Rangoon Lunatic Asylum 1878-1892 - 1878-1892
Year: 1878
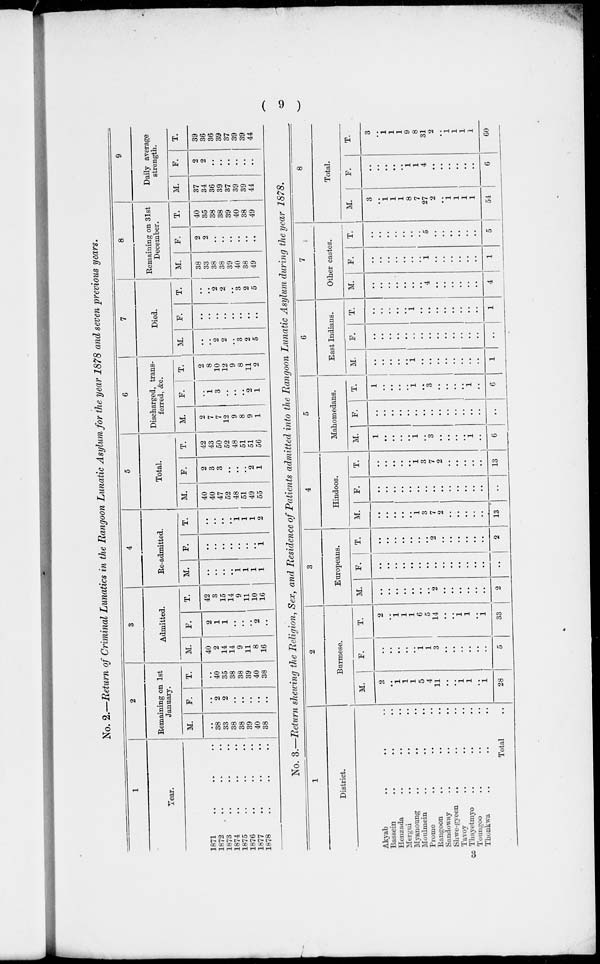
( 9 )
No. 2.—Return of Criminal Lunatics in the Rangoon Lunatic Asylum for the year 1878 and seven previous years.
1
Year.
1871 ......
1872 ......
1873 ......
1874
..
..
..
1875
..
..
..
1876 ......
1877 ......
1878 ......
2
Remaining on 1st
January.
M.
..
38
33
38
38
39
40
38
F.
..
2
2
..
..
..
..
..
T.
..
40
35
38
38
39
40
38
3
Admitted.
M.
40
2
14
14
9
11
8
16
F.
2
1
1
..
..
..
2
..
T.
42
3
15
14
9
11
10
16
4
Re-admitted.
M.
..
..
..
..
1
1
1
1
F.
..
..
..
..
..
..
..
1
T.
..
..
..
..
1
1
1
2
5
Total.
M.
40
40
47
52
48
51
49
55
F.
2
3
3
..
..
..
2
1
T.
42
43
50
52
48
51
51
56
6
Discharged, trans-
ferred, &c.
M.
2
7
7
12
9
8
9
1
F.
..
1
3
..
..
..
2
1
T.
2
8
10
12
9
8
11
2
7
Died.
M.
..
..
2
2
..
3
2
5
F.
..
..
..
..
..
..
..
..
T.
..
..
2
2
..
3
2
5
8
Remaining on 31st
December.
M.
38
33
38
38
39
40
38
49
F.
2
2
..
..
..
..
..
..
T.
40
35
38
38
39
40
38
49
9
Daily average
strength.
M.
37
34
36
39
37
39
39
44
F.
2
2
..
..
..
..
..
..
T.
39
36
36
39
37
39
39
44
No. 3.—Return showing the Religion, Sex, and Residence of Patients admitted into the Rangoon Lunatic Asylum during the year 1878.
1
District.
Akyab ......
Bassein ......
Henzada ......
Mergui ......
Myanoung ......
Moulmein
..
..
..
Prome ......
Rangoon
......
Sandoway ......
Shwe-gyeen ......
Tavoy ......
Thayetmyo ......
Toungoo
......
Thonkwa ......
Total ..
2
Burmese.
M.
2
..
1
1
1
5
4
11
..
..
1
1
..
1
28
F.
..
..
..
..
..
1
1
3
..
..
..
..
..
..
5
T.
2
..
1
1
1
6
5
14
..
..
1
1
..
1
33
3
Europeans.
M.
..
..
..
..
..
..
..
2
..
..
..
..
..
..
2
F.
..
..
..
..
..
..
..
..
..
..
..
..
..
..
..
T.
..
..
..
..
..
..
..
2
..
..
..
..
..
..
2
4
Hindoos.
M.
..
..
..
..
..
1
3
7
2
..
..
..
..
..
13
F.
..
..
..
..
..
..
..
..
..
..
..
..
..
..
..
T.
..
..
..
..
..
1
3
7
2
..
..
..
..
..
13
5
Mahomedans.
M.
1
..
..
..
..
1
..
3
..
..
..
..
1
..
6
F.
..
..
..
..
..
..
..
..
..
..
..
..
..
..
..
T.
1
..
..
..
..
1
..
3
..
..
..
..
1
..
6
6
East Indians.
M.
..
..
..
..
..
1
..
..
..
..
..
..
..
..
1
F.
..
..
..
..
..
..
..
..
..
..
..
..
..
..
..
T.
..
..
..
..
..
1
..
..
..
..
..
..
..
..
1
7
Other castes.
M.
..
..
..
..
..
..
..
4
..
..
..
..
..
..
4
F.
..
..
..
..
..
..
..
1
..
..
..
..
..
..
1
T.
..
..
..
..
..
..
..
5
..
..
..
..
..
..
5
8
Total.
M.
3
..
1
1
1
8
7
27
2
..
1
1
1
1
54
F.
..
..
..
..
..
1
1
4
..
..
..
..
..
..
6
T.
3
..
1
1
1
9
8
31
2
..
1
1
1
1
60
3